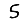
Digit: 5